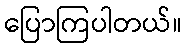
ပြောကြပါတယ်။